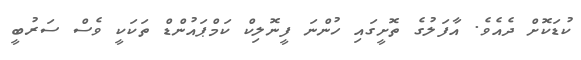
ކުޑަކޮށް ދެއެވެ. އާފަލުގެ ތޮށީގައި ހުންނަ ފީނޮލިކް ކަމްޕައުންޑް ތަކަކީ ވެސް ސަރުބީ